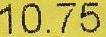
10.75